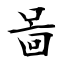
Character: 啚